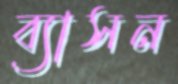
ব্যাসন